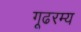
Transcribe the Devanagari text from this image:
गूढरम्य